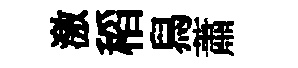
激稻舄蕭